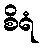
စိရံ